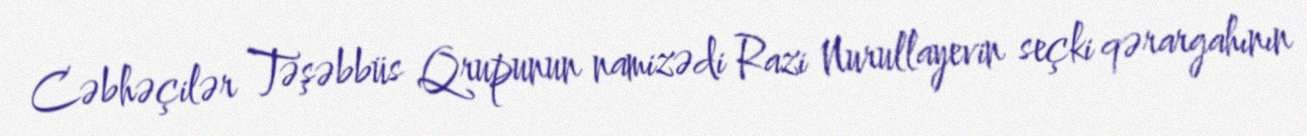
Cəbhəçilər Təşəbbüs Qrupunun namizədi Razi Nurullayevin seçki qərargahının